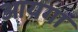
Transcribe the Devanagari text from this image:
आयगा